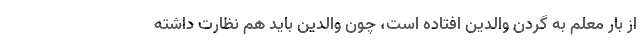
از بار معلم به گردن والدین افتاده است، چون والدین باید هم نظارت داشته